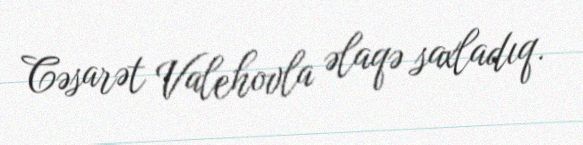
Cəsarət Valehovla əlaqə saxladıq.